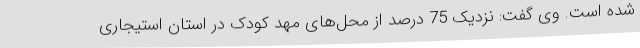
شده است. وی گفت: نزدیک 75 درصد از محل‌های مهد کودک در استان استیجاری